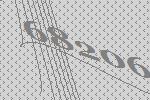
68206